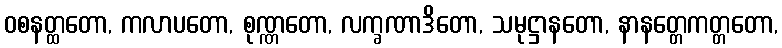
ဝစနတ္ထတော, ကလာပတော, စုဏ္ဏတော, လက္ခဏာဒိတော, သမုဋ္ဌာနတော, နာနတ္တေကတ္တတော,